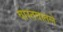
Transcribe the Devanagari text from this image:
वास्तवातले